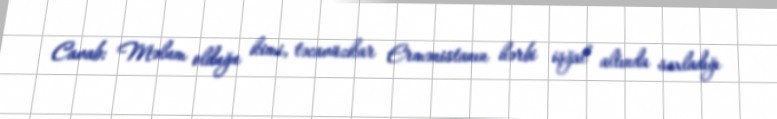
Cavab: Məlum olduğu kimi, təcavüzkar Ermənistanın hərbi işğal altında saxladığı